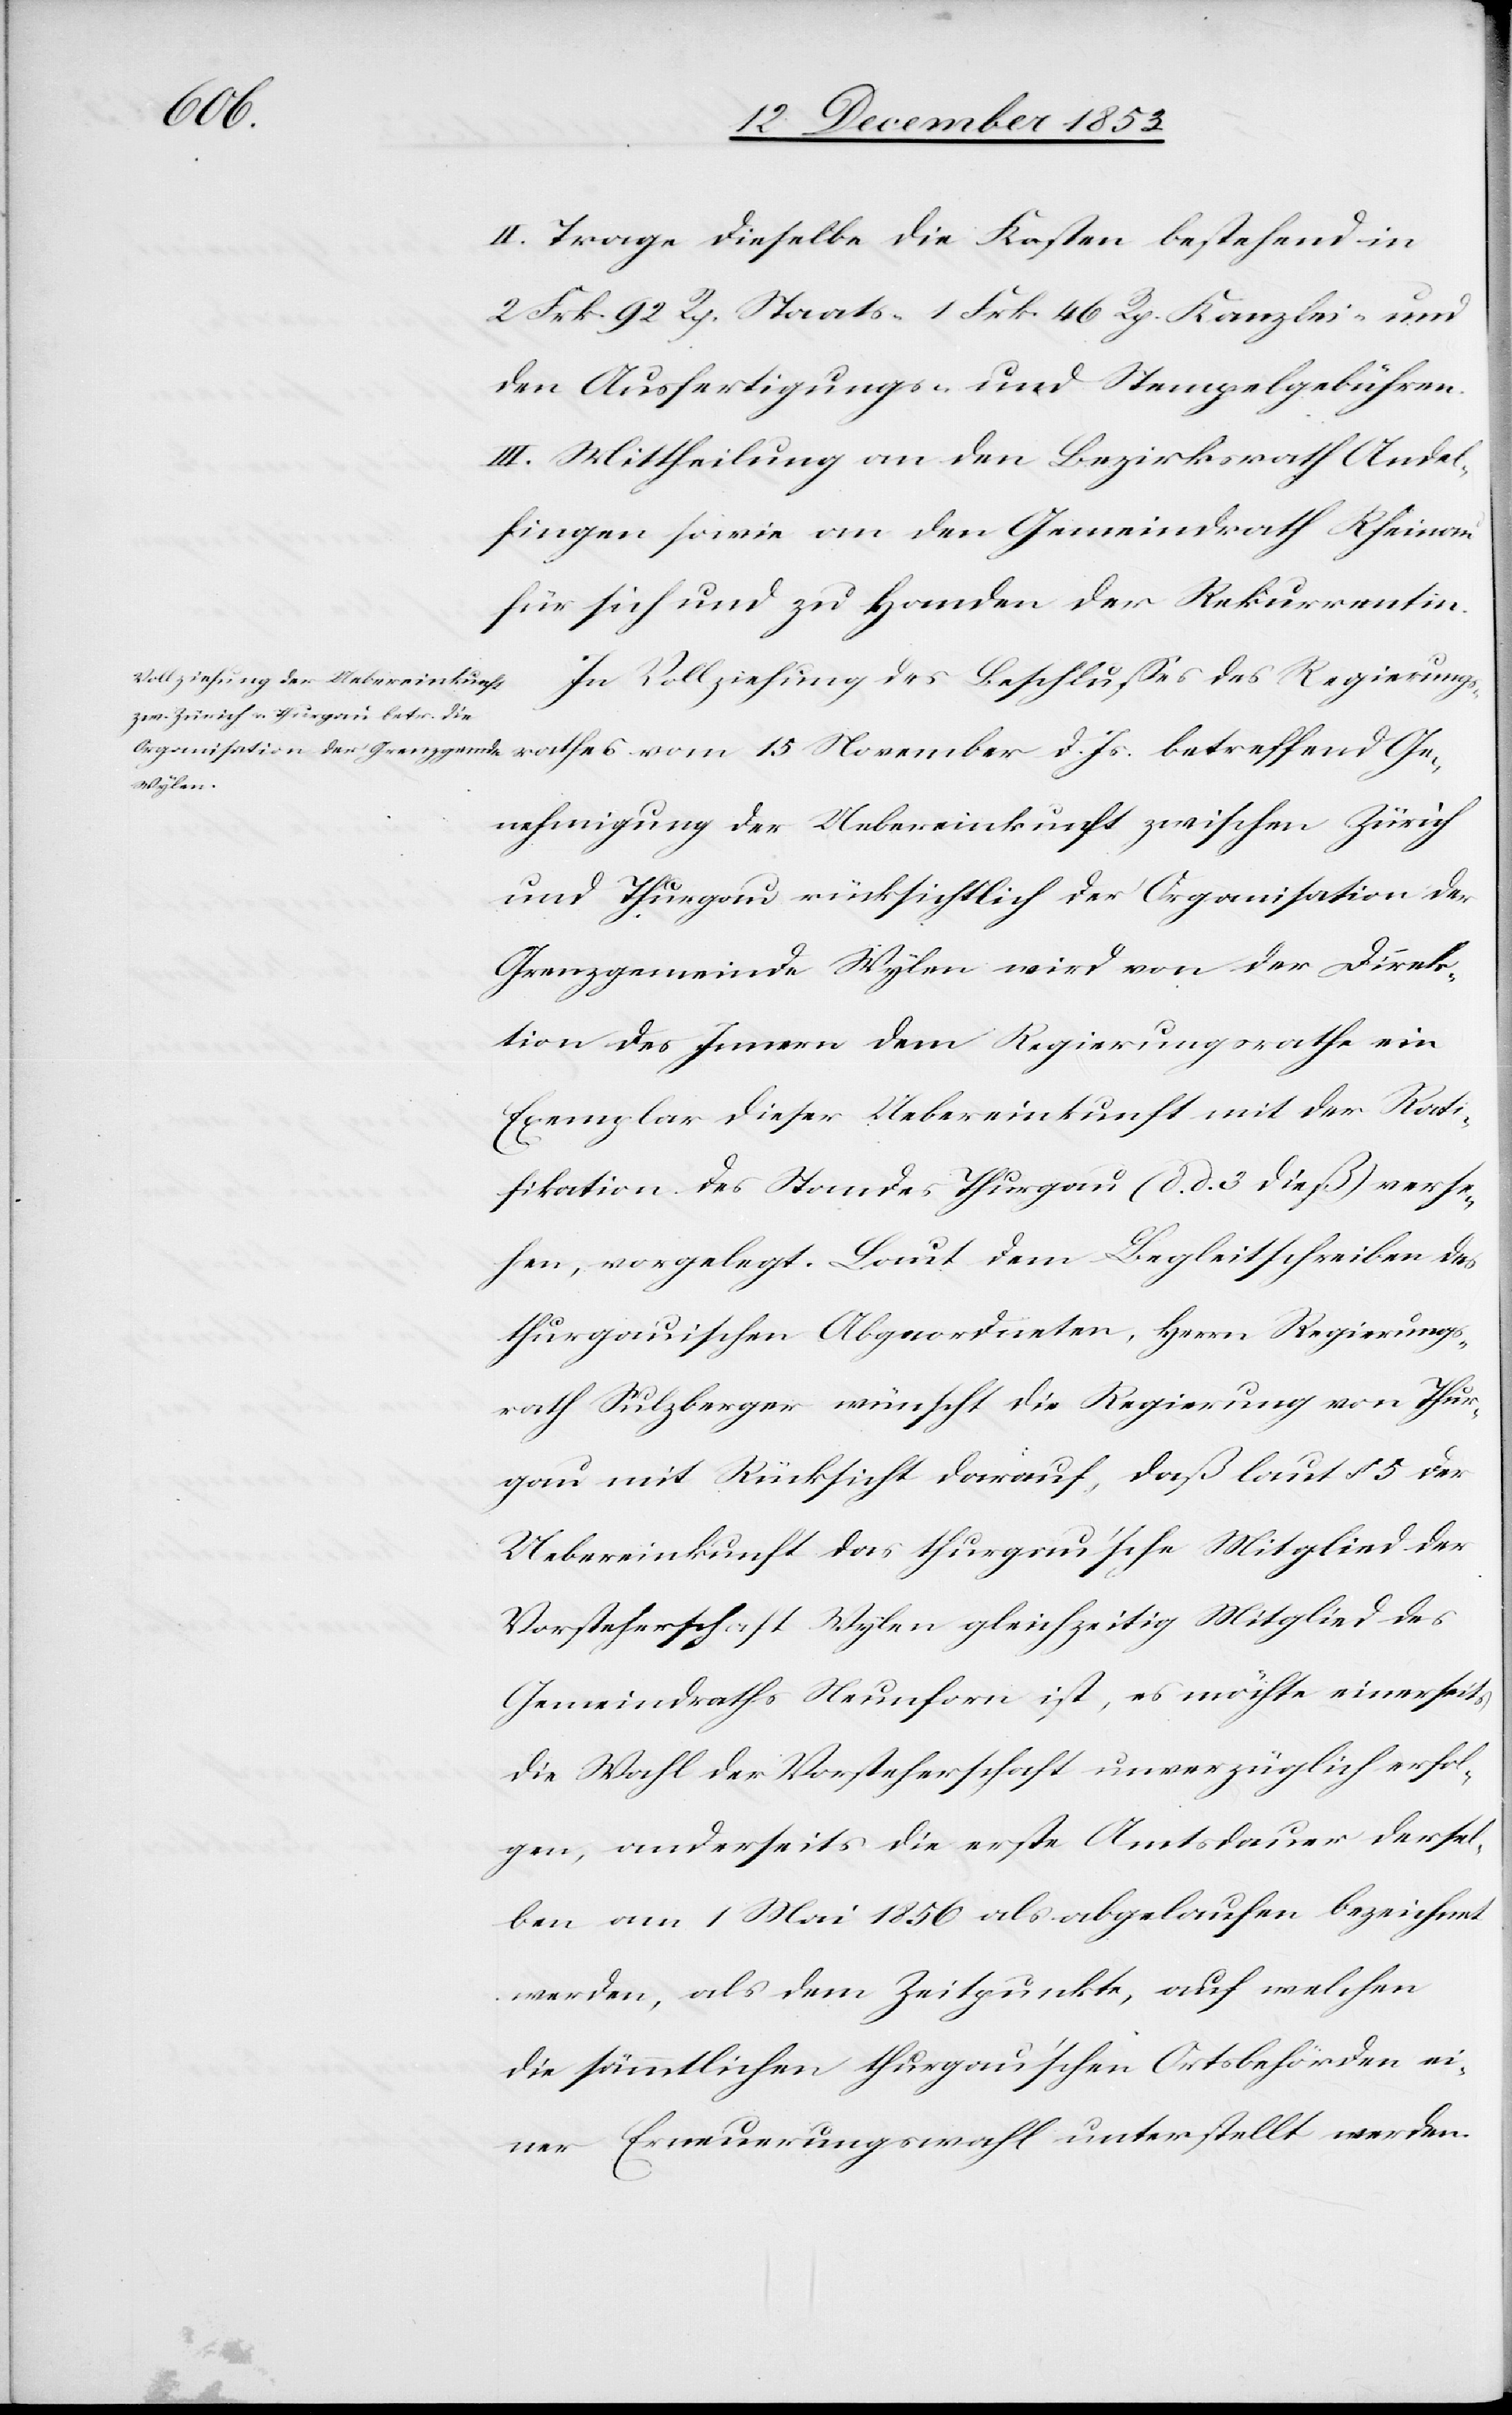
II. Trage dieselbe die Kosten bestehend in
2 Frk. 92 Rp. Staats- 1. Frk. 46 Rp. Kanzlei- und
den Ausfertigungs- und Stempelgebühren.
III. Mittheilung an den Bezirksrath Andel¬
fingen sowie an den Gemeindrath Rheinau
für sich und zu Handen der Rekurrentin.
In Vollziehung des Beschlußes des Regierungs¬
rathes vom 15 November d. Js. betreffend Ge¬
nehmigung der Uebereinkunft zwischen Zürich
und Thurgau rücksichtlich der Organisation der
Grenzgemeinde Wylen wird von der Direk¬
tion des Innern dem Regierungsrathe ein
Exemplar dieser Uebereinkunft mit der Rati¬
fikation des Standes Thurgau (d. d. 3 dieß) verse¬
hen, vorgelegt. Laut dem Begleitschreiben des
thurgauischen Abgeordneten, Herrn Regierungs¬
rath Sulzberger wünscht die Regierung von Thur¬
gau mit Rücksicht darauf, daß laut § 5 der
Uebereinkunft das thurgau’sche Mitglied des
Gemeindraths Neunforn ist, es möchte einerseits
die Wahl der Vorsteherschaft unverzüglich erfol¬
gen, anderseits die erste Amtsdauer dersel¬
ben am 1 Mai 1856 als abgelaufen bezeichnet
werden, als dem Zeitpunkte, auf welchen
die sämmtlichen thurgau’schen Ortsbehörden ei¬
ner Erneuerungswahl unterstellt werden.